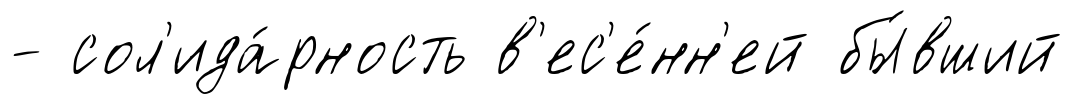
- сол'ида́рность в'ес'е́нн'ей бы́вший